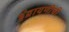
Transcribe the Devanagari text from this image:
इंद्रायणीची